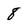
Character: 8